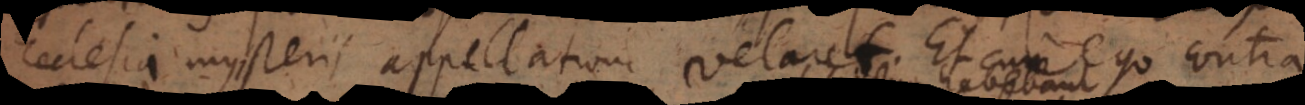
Ecclesia mysterii appellatione velaret. Et cum ego contra